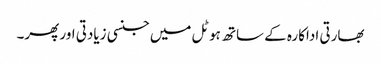
بھارتی اداکارہ کے ساتھ ہوٹل میں جنسی زیادتی اور پھر۔